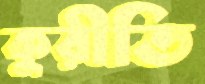
কুরীতি